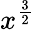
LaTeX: x^{\frac{3}{2}}